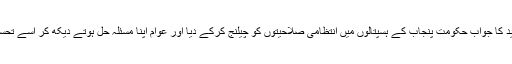
علاوہ جلسوں میں ہونے والی تنقید کا جواب حکومت پنجاب کے ہسپتالوں میں انتظامی صلاحیتوں کو چیلنج کرکے دیا اور عوام اپنا مسئلہ حل ہوتے دیکھ کر اسے تحسین کی نگاہ سے دیکھ رہے ہیں۔